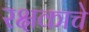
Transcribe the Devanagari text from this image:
रक्षकाचे